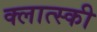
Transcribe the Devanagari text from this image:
क्लात्स्की